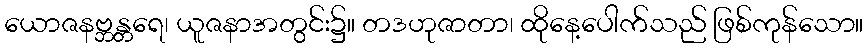
ယောဇနဗ္ဘန္တရေ၊ ယူဇနာအတွင်း၌။ တဒဟုဇာတာ၊ ထိုနေ့ပေါက်သည် ဖြစ်ကုန်သော။